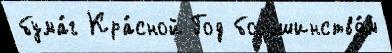
бума́г Кра́сной Год большинство́м